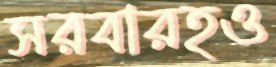
সরবারহও